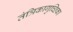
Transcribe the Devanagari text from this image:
तंत्रिकागुच्छिका